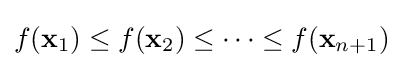
f(\mathbf {x} _{1})\leq f(\mathbf {x} _{2})\leq \cdots \leq f(\mathbf {x} _{n+1})